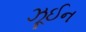
ઝૂઈન